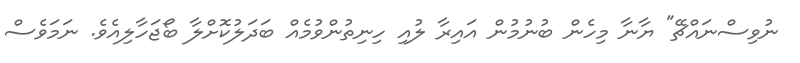
ނުވިސްނައްޗޭ" ޔާނާ މިހެން ބުނުމުން އައިރާ ލުއި ހިނިތުންވުމެއް ބަދަލުކޮށްލާ ބޯޖަހާލިއެވެ. ނަމަވެސް